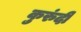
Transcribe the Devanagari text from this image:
कुरुंदी